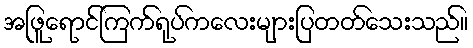
အဖြူရောင်ကြက်ရုပ်ကလေးများပြတတ်သေးသည်။